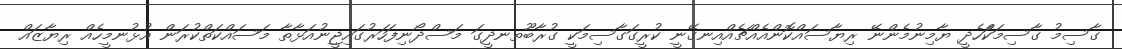
ގާސިމު ގާސިމަކަްހެދީ ޔާމިނުމެންނޭ ރިޔާސައްކޮންއެއްޗެއްއިނގޭނީ ކުރީގަގާސިމަކީ ގުރާބޫތނދީގަ މަސްދޯނިފަހަރުގައިޖީނުއަޅާތާ މަސައްކަތްކުރަން އުޅުނމީހެއް ރިޔާޒައް